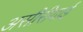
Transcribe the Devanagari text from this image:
असीरीयाई